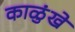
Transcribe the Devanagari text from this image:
काळुंखे